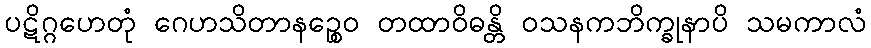
ပဋိဂ္ဂဟေတုံ ဂေဟသိတာနဉ္စေဝ တထာဝိဓန္တိ ဝသနကဘိက္ခုနာပိ သမကာလံ